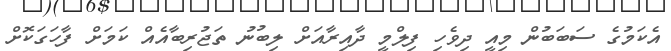
އެކަމުގެ ސަބަބުން މިއީ ދިވެހި ފިލްމީ ދާއިރާއަށް ލިބުނު ތަޖުރިބާއެއް ކަމަށް ފާހަގަކޮށް